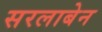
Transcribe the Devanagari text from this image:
सरलाबेन